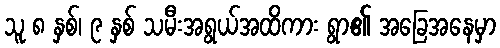
သူ ၈ နှစ်၊ ၉ နှစ် သမီးအရွယ်အထိကား ရွာ၏ အခြေအနေမှာ